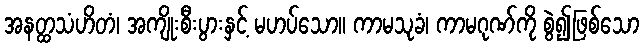
အနတ္ထသံဟိတံ၊ အကျိုးစီးပွားနှင့် မဟပ်သော။ ကာမသုခံ၊ ကာမဂုဏ်ကို စွဲ၍ဖြစ်သော